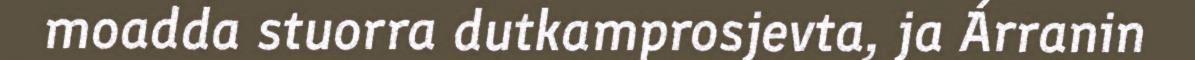
moadda stuorra dutkamprosjevta, ja Árranin